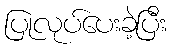
ပြုလုပ်ပေးခဲ့ပြီး